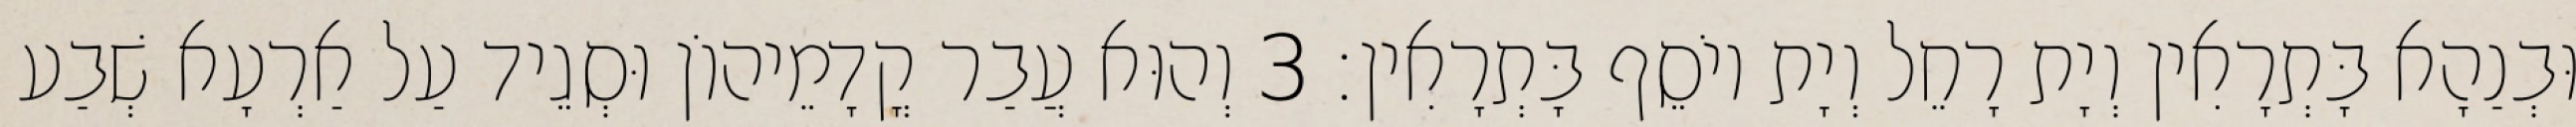
וּבְנַהָא בָּתְרָאִין וְיָת רָחֵל וְיָת יוֹסֵף בָּתְרָאִין׃ 3 וְהוּא עֲבַר קֳדָמֵיהוֹן וּסְגֵיד עַל אַרְעָא שְׁבַע